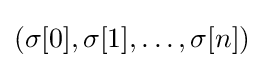
(\sigma [0],\sigma [1],\dots ,\sigma [n])